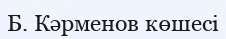
Б. Кәрменов көшесі